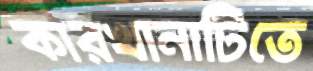
কারখানাটিতে